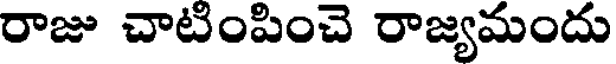
రాజు చాటింపించె రాజ్యమందు